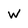
Character: w